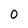
Character: 0